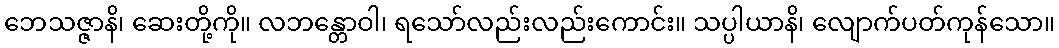
ဘေသဇ္ဇာနိ၊ ဆေးတို့ကို။ လဘန္တောဝါ၊ ရသော်လည်းလည်းကောင်း။ သပ္ပါယာနိ၊ လျောက်ပတ်ကုန်သော။